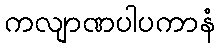
ကလျာဏပါပကာနံ